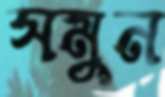
সমুন